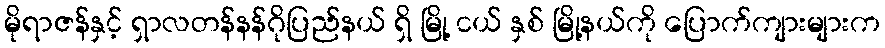
မိုရာဇန်နှင့် ရှာလတန်နန်ဂိုပြည်နယ် ရှိ မြို့ ငယ် နှစ် မြို့နယ်ကို ပြောက်ကျားများက